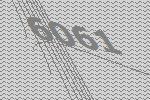
6061